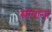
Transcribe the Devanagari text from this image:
सोपाना